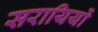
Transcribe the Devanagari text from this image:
सरायियों